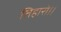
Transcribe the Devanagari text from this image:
तिहारो।।